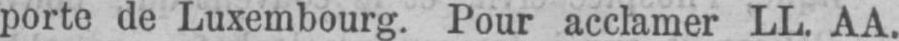
porte de Luxembourg. Pour acclamer LL. AA.